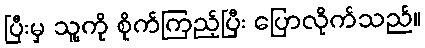
ပြီးမှ သူ့ကို စိုက်ကြည့်ပြီး ပြောလိုက်သည်။